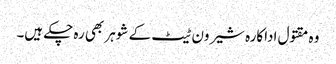
وہ مقتول اداکارہ شیرون ٹیٹ کے شوہر بھی رہ چکے ہیں۔